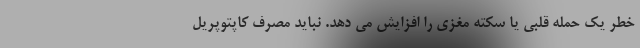
خطر یک حمله قلبی یا سکته مغزی را افزایش می دهد. نباید مصرف کاپتوپریل